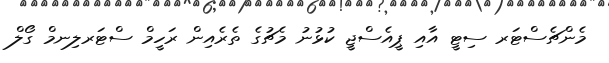
މެންޗެސްޓަރ ސިޓީ އާއި ޕީއެސްޖީ ކުޅުނު މެޗުގެ ތެރެއިން ރަހީމް ސްޓަރލިނމް ގޯލް